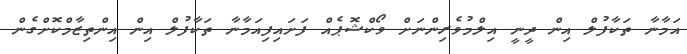
އަމާނާ ތަކާފުލް އިން ދީނީ އިލްމުވެރިންނަށް ވޯކްޝޮޕެއް ފަށައިފިއަމާނާ ތަކާފުލް އިން އިންތިޒާމްކޮށްގެން